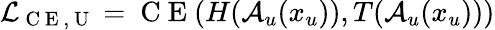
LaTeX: \mathcal{L}_{\mathrm{~C~E~,~U~}}=\mathrm{~C~E~}(H(\mathcal{A}_{u}(x_{u})),T(\mathcal{A}_{u}(x_{u})))